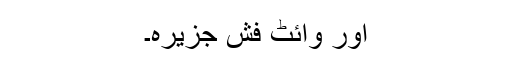
اور وائٹ فش جزیرہ۔